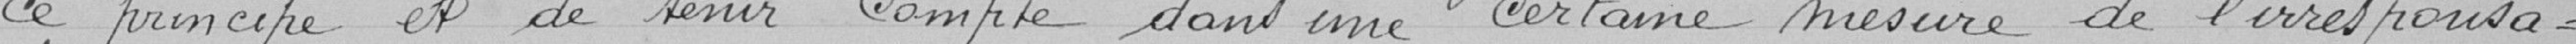
ce principe et de tenir compte dans une certaine mesure de l'irresponsa-